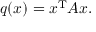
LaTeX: q ( x ) = x ^ { \mathrm { T } } A x .